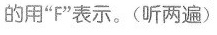
的用"F"表示.(听两遍)